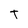
Character: T